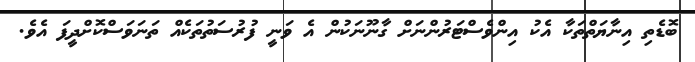
ބޮޑެތި އިނާޔަތްތަކާ އެކު އިންވެސްޓަރުންނަށް ގާނޫނަކުން އެ ވަނީ ފުރުސަތުތަކެއް ތަނަވަސްކޮށްދީފަ އެވެ.